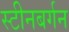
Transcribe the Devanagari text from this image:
स्टीनबर्गन